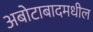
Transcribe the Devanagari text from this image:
अबोटाबादमधील